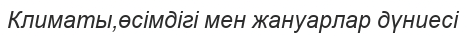
Климаты,өсімдігі мен жануарлар дүниесі